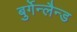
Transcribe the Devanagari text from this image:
बुर्गेन्लैन्ड